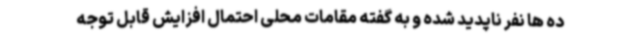
ده ها نفر ناپدید شده و به گفته مقامات محلی احتمال افزایش قابل توجه